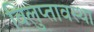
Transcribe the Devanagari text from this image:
विलुप्‍तावस्‍था